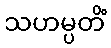
သဟမ္ပတိံ